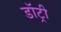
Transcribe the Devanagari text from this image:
डॉट्री